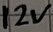
Text: 12V